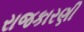
રાજકારણી